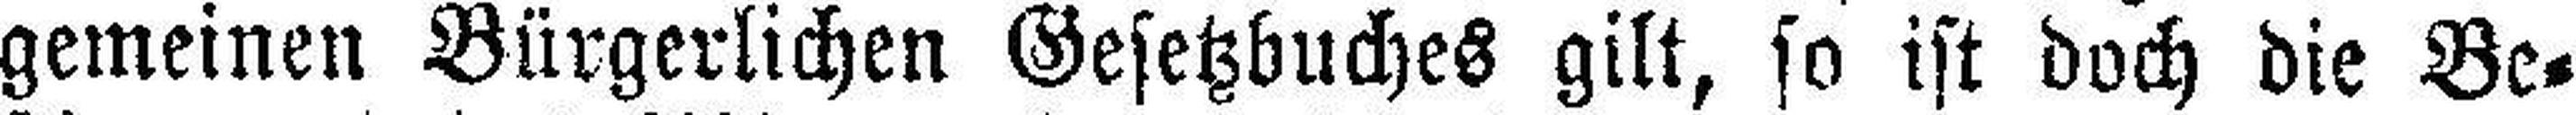
gemeinen Bürgerlichen Gesetzbuches gilt, so ist doch die Be¬